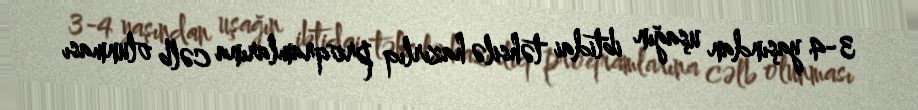
3-4 yaşından uşağın ibtidai təhsilə hazırlıq proqramlarına cəlb olunması